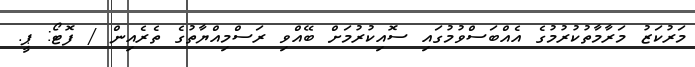
މަރުކަޒު މަރާމާތުކުރުމުގެ އެއްބަސްވުމުގައި ސޮއިކުރުމަށް ބޭއްވި ރަސްމިއްޔާތުގެ ތެރެއިން / ފޮޓޯ: ޕީ.